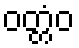
ဝတ္တံဝ